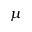
\mu